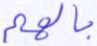
بالهم